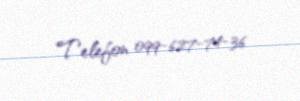
Telefon 099-627-74-36